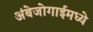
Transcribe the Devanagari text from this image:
अंबेजोगाईमध्ये